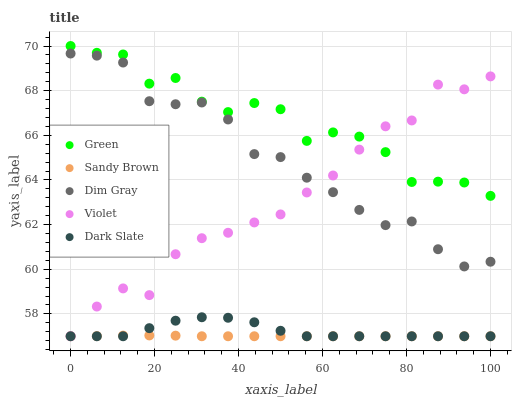
| xaxis_label | Green | Sandy Brown | Dim Gray | Violet | Dark Slate |
 | --- | --- | --- | --- | --- | --- |
 | 0 | 70 | 57 | 69.7 | 57 | 57 |
 | 6.25 | 69.7 | 57 | 69.6 | 58.3 | 57 |
 | 12.5 | 69.6 | 57 | 69.3 | 59.1 | 57 |
 | 18.8 | 68.3 | 57 | 67.5 | 58.8 | 57.4 |
 | 25 | 68.6 | 57 | 67.4 | 60.7 | 57.7 |
 | 31.2 | 67.5 | 57 | 67.5 | 61.4 | 57.9 |
 | 37.5 | 67 | 57 | 66.7 | 61.6 | 57.8 |
 | 43.8 | 67.4 | 57 | 65.2 | 62.1 | 57.6 |
 | 50 | 67.2 | 57 | 65 | 62.5 | 57.2 |
 | 56.2 | 65.8 | 57 | 64.1 | 63.4 | 57 |
 | 62.5 | 66.1 | 57 | 63.5 | 64.2 | 57 |
 | 68.8 | 65.9 | 57 | 62.7 | 65.4 | 57 |
 | 75 | 65.2 | 57 | 62 | 66.4 | 57 |
 | 81.2 | 63.9 | 57 | 62.1 | 66.7 | 57 |
 | 87.5 | 63.9 | 57 | 60.9 | 68.3 | 57 |
 | 93.8 | 63.9 | 57 | 60.1 | 68.1 | 57 |
 | 100 | 63.3 | 57 | 60.3 | 68.6 | 57 |